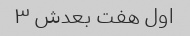
اول هفت بعدش ۳